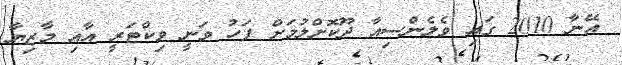
އޭނާ 2010 ގައި ވެލެންސިއާ ދޫކޮށްލުމަށް ފަހު ވަނީ ވިކްޓަރީ އާއި މާޒިޔާ